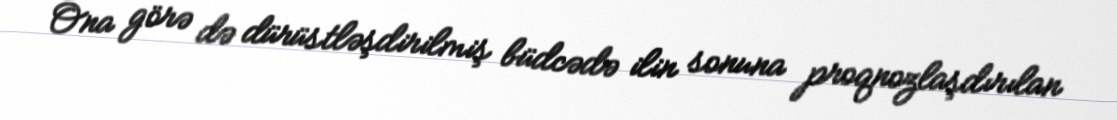
Ona görə də dürüstləşdirilmiş büdcədə ilin sonuna proqnozlaşdırılan